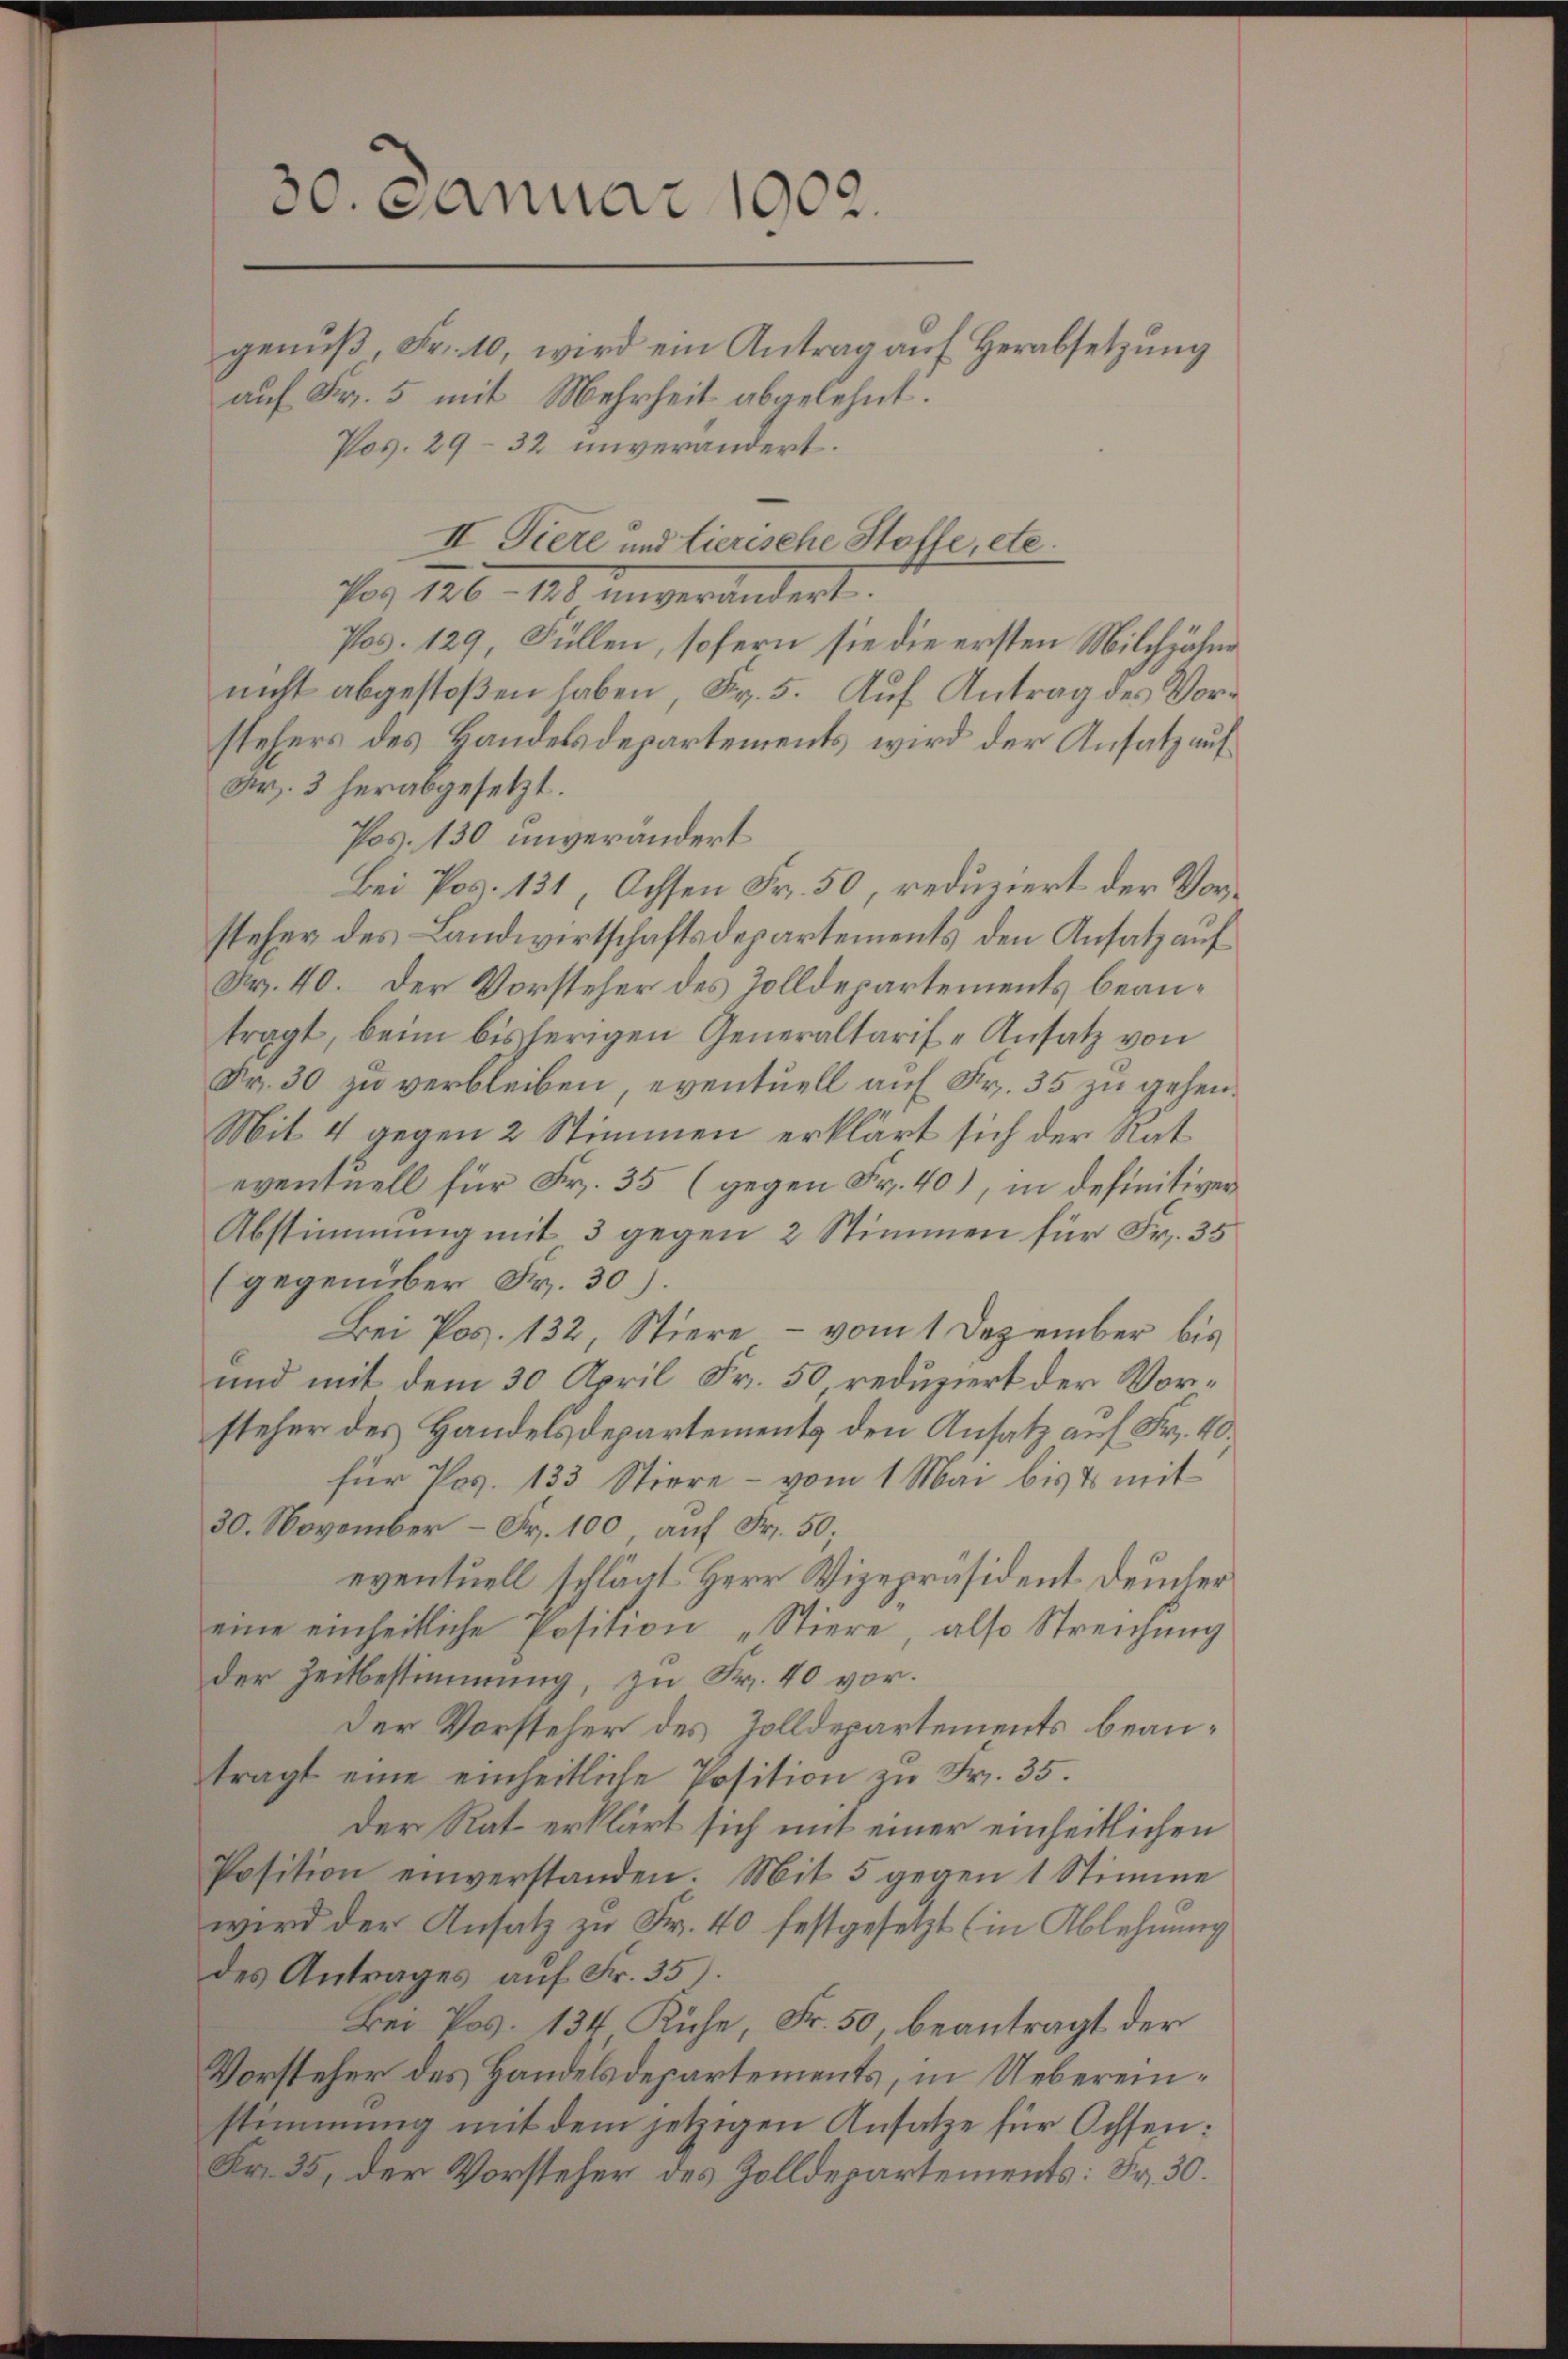
30. Januar 1902.
genuß, Fr. 10, wird ein Antrag auf Herabsetzung
auf Fr. 5 mit Mehrheit abgelehnt.
Pos. 29-32 unverändert.

Por 126. 1848 unverändert.
Pos. 129, Füllen, sofern sie die ersten Milchzähne
nicht abgestoßen haben, Fr. 5. Auf Antrag des Vorstehers des Handelsdepartements wird der Ansatz auf
Nr. 3 herabgesetzt.
Pos. 130 unverändert
Bei Pos. 131 Ochsen Fr. 50, reduziert der Vorsteher des Landwirtschaftsdepartements den Ansatz auf
Fr. 40. Der Vorsteher des Zolldepartements beantragt, beim bisherigen Generaltarif-Ansatz von
Fr. 30 zu verbleiben, eventuell auf Fr. 35 zu gehen.
Mit 4 gegen 2 Stimmen erklärt sich der Rat
eventuell für Fr. 35 (gegen Fr. 40), in definitiver
Abstimmung mit 3 gegen 2 Stimmen für Fr. 35
(gegenüber Fr. 30.
Bei Pos. 132, Stiere - vom 1 Dezember bis
und mit dem 30 April Fr. 50, reduziert der Vorsteher des Handelsdepartements den Ansatz auf Fr. 40.
für Pos. 133 Stiere - vom 1. Mai bis 4 mit
30. November – Fr. 100 auf Fr. 50;
eventuell schlägt Herr Vizepräsident. Deucher
eine einheitliche Position „Stiere, also Streichung
der Zeitbestimmung, zu Fr. 40 vor.
Der Vorsteher des Zolldepartements beantragt eine einheitliche Position zu Fr. 35.
Der Rat erklärt sich mit einer einheitlichen
Position einverstanden. Mit 5 gegen 1 Stimme
wird der Ansatz zu Fr. 40 festgesetzt (in Ablehnung
des Antrages auf Fr. 35.
Bei Pos. 134 Ruhe, Fr. 50, beantragt der
Vorsteher des Handelsdepartements, in Uebereinstimmung mit dem jetzigen Ansatze für Ochsen:
Fr. 35, der Vorsteher des Zolldepartements: Fr. 30.

II Tiere und Lierische Stoffe, etc.